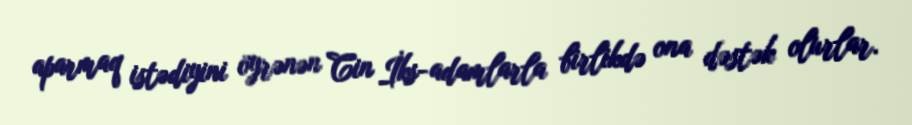
aparmaq istədiyini öyrənən Cin İks-adamlarla birlikdə ona dəstək olurlar.